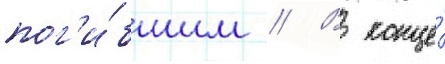
пог'и́бшим // В конце́